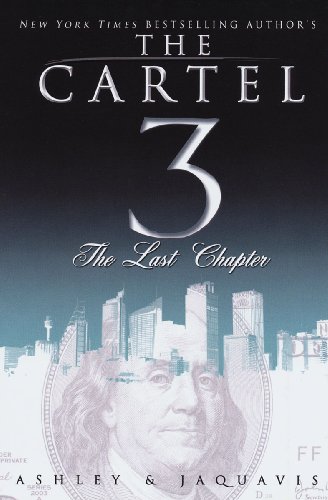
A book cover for Cartel 3: The Last Chapter (The Cartel); Ashley and JaQuavis; Literature & Fiction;